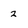
Character: 2